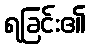
ရခြင်း၏